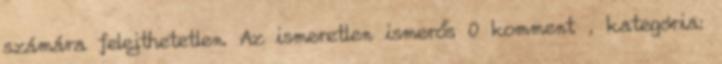
számára felejthetetlen. Az ismeretlen ismerős 0 komment , kategória: